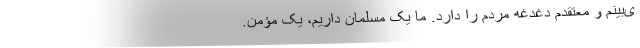
ی‌بینم و معتقدم دغدغه مردم را دارد. ما یک مسلمان داریم، یک مؤمن.